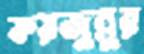
ফয়জুন্নুর